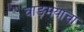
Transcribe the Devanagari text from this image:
वाङ़मयाचा